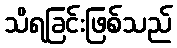
သိရခြင်းဖြစ်သည်